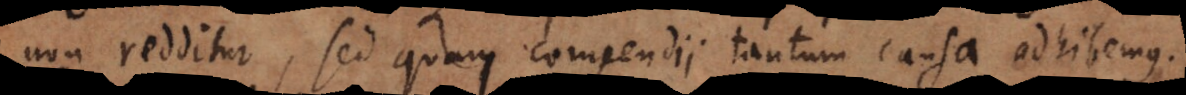
non redditur, sed quam compendii tantum causa adhibemus.